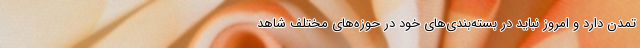
تمدن دارد و امروز نباید در بسته‌بندی‌های خود در حوزه‌های مختلف شاهد